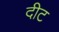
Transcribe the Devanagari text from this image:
दीट